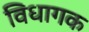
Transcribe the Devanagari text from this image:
विधागक